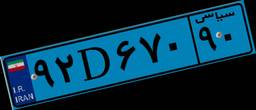
۶۶D۹۳۴۵۰